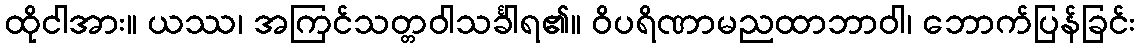
ထိုငါအား။ ယဿ၊ အကြင်သတ္တဝါသင်္ခါရ၏။ ဝိပရိဏာမညထာဘာဝါ၊ ဘောက်ပြန်ခြင်း